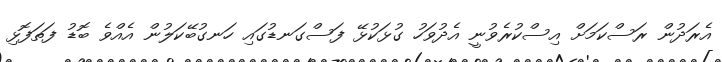
އެރަދުން ރަސްކަމަށް އިސްކުރެވުނީ އެދުވަހު ގުޅަކުޅޭ ފަސްގަނޑުގައި ހަނގުބޭކަލުން އެއްވެ ބޮޑު ފަތަފޮޅި